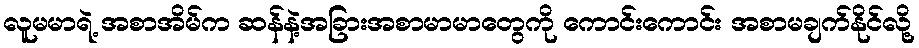
လူမမာရဲ့ အစာအိမ်က ဆန်နဲ့အခြားအစာမာမာတွေကို ကောင်းကောင်း အစာမချက်နိုင်လို့